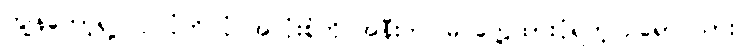
ကျွန်တော့်ရဲ့ လုပ်ပုံကိုင်ပုံ အလုံးစုံကို အနီးကပ်မြင်တွေ့ထားပုံရတဲ့ ဥရောပသား